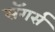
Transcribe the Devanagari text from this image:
सॅगर्स